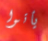
يأتوا